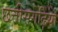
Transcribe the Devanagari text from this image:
छत्तीसगढ़ियों